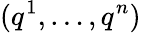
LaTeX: (q^{1},\ldots,q^{n})